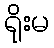
ရိုးမ